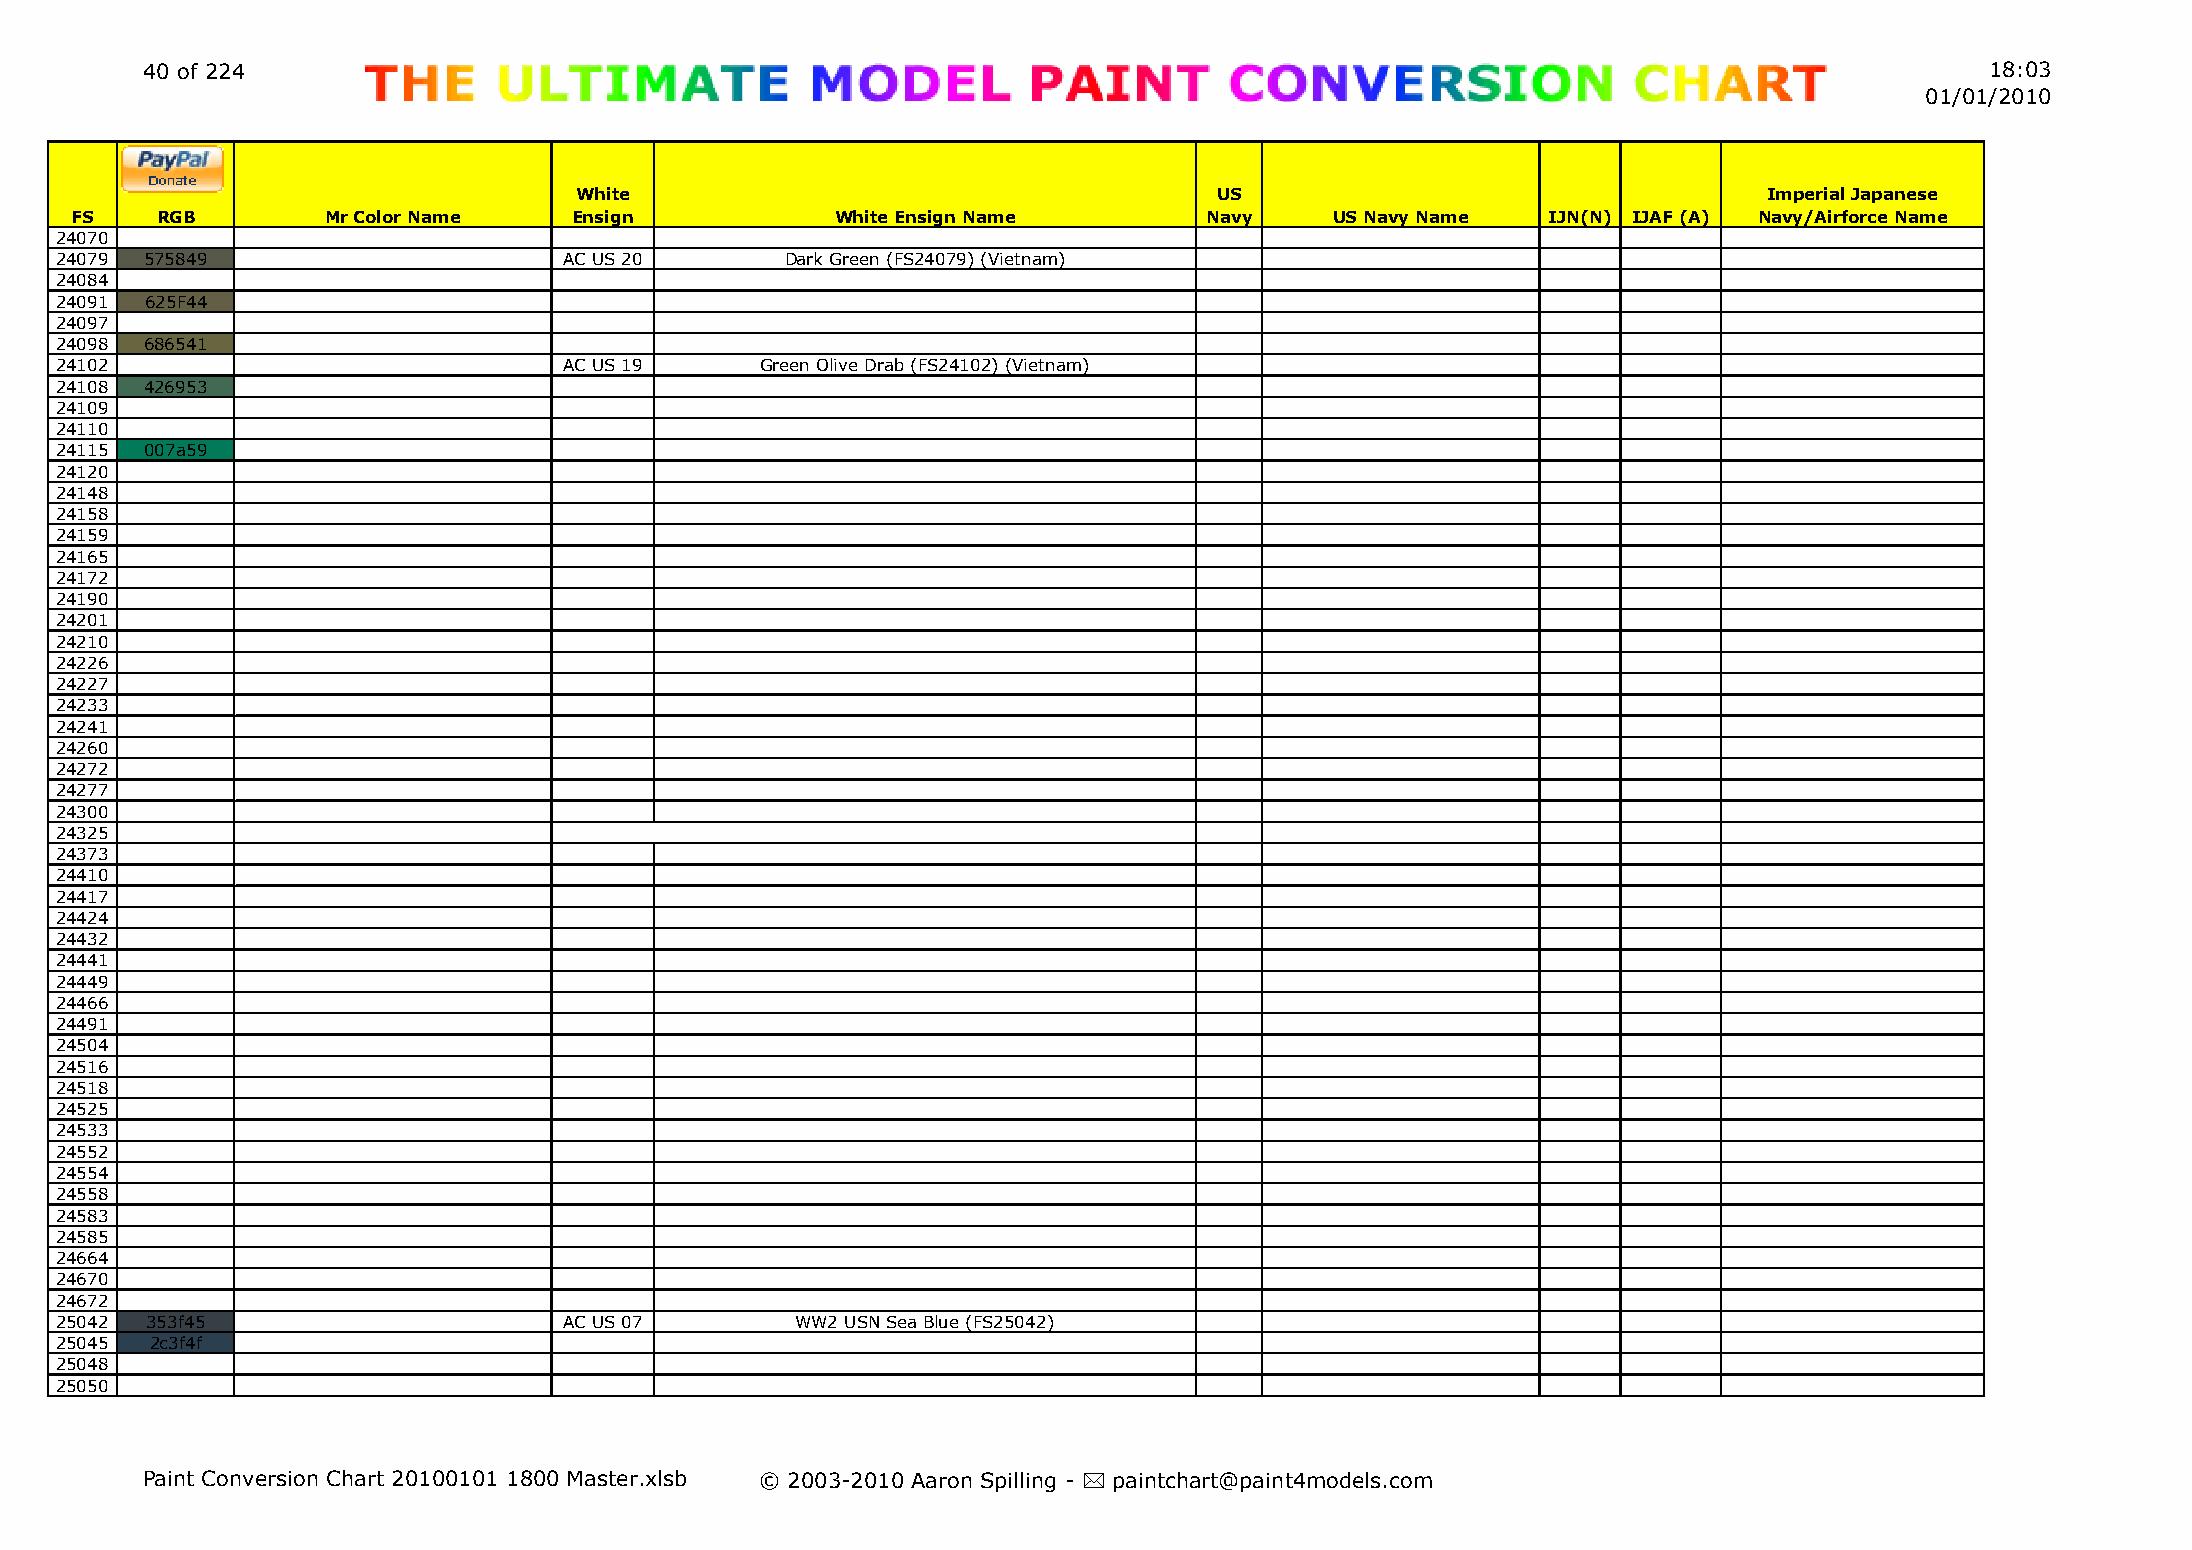
40 of 224                                                                                                                  18:03
 01/01/2010
 White                                      US                                  Imperial Japanese
 FS   RGB         Mr Color Name   Ensign           White Ensign Name        Navy    US Navy Name  IJN(N) IJAF (A) Navy/Airforce Name
 24070
 24079 575849                     AC US 20       Dark Green (FS24079) (Vietnam)
 24084
 24091 625F44
 24097
 24098 686541
 24102                            AC US 19     Green Olive Drab (FS24102) (Vietnam)
 24108 426953
 24109
 24110
 24115 007a59
 24120
 24148
 24158
 24159
 24165
 24172
 24190
 24201
 24210
 24226
 24227
 24233
 24241
 24260
 24272
 24277
 24300
 24325
 24373
 24410
 24417
 24424
 24432
 24441
 24449
 24466
 24491
 24504
 24516
 24518
 24525
 24533
 24552
 24554
 24558
 24583
 24585
 24664
 24670
 24672
 25042 353f45                     AC US 07        WW2 USN Sea Blue (FS25042)
 25045 2c3f4f
 25048
 25050
 Paint Conversion Chart 20100101 1800 Master.xlsb © 2003-2010 Aaron Spilling - * paintchart@paint4models.com